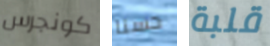
كونجرس حسنا قلبة